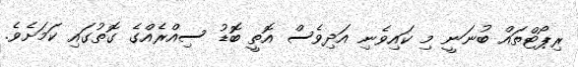
ރިޕޯޓްތައް ބުނަނީ މި ކައިވެނި އަދިވެސް އޮތީ ބޮޑު ސިއްރެއްގެ ގޮތުގައި ކަމަށެވެ.